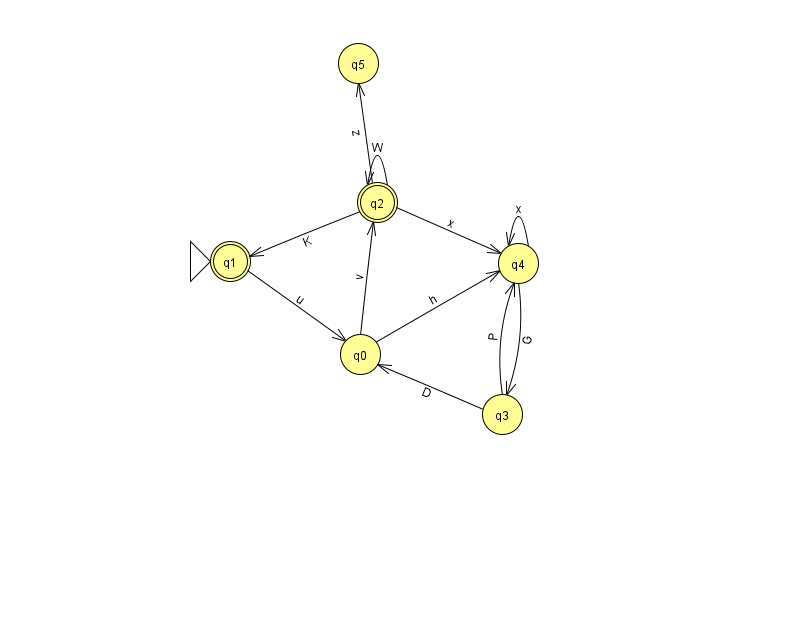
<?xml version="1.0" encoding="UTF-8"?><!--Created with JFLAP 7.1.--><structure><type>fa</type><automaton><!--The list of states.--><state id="0" name="q0"><x>360.0</x><y>341.0</y></state><state id="1" name="q1"><x>230.0</x><y>248.0</y><initial/><final/></state><state id="2" name="q2"><x>377.0</x><y>189.0</y><final/></state><state id="3" name="q3"><x>502.0</x><y>401.0</y></state><state id="4" name="q4"><x>518.0</x><y>250.0</y></state><state id="5" name="q5"><x>358.0</x><y>50.0</y></state><!--The list of transitions.--><transition><from>0</from><to>2</to><read>v</read></transition><transition><from>3</from><to>0</to><read>D</read></transition><transition><from>2</from><to>5</to><read>z</read></transition><transition><from>4</from><to>3</to><read>G</read></transition><transition><from>1</from><to>0</to><read>u</read></transition><transition><from>3</from><to>4</to><read>P</read></transition><transition><from>2</from><to>2</to><read>W</read></transition><transition><from>4</from><to>4</to><read>x</read></transition><transition><from>0</from><to>4</to><read>h</read></transition><transition><from>2</from><to>1</to><read>K</read></transition><transition><from>2</from><to>4</to><read>x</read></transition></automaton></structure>